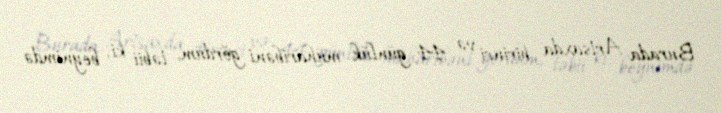
Burada Artsaxda birinci və 44 günlük müharibəni gördüm, təbii ki, beynimdə